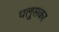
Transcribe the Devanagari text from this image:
पलु्सकर